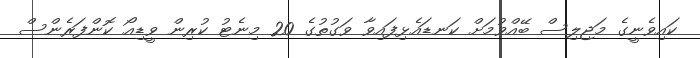
ކައިވެނީގެ މަޖިލިސް ބޭއްވުމަށް ކަނޑައެޅިފައިވާ ވަގުތުގެ 20 މިނެޓު ކުރިން ވީޑިއޯ ކޮންފަރެންސް